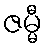
ဇမ္မီ